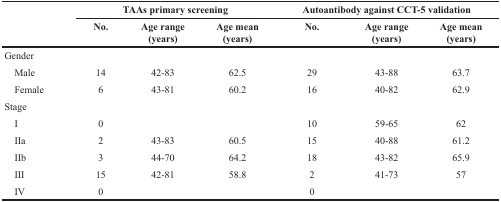
|  | <COLSPAN=3> TAAs primary screening | <COLSPAN=3> Autoantibody against CCT-5 validation |
 |  | No. | Age range (years) | Age mean (years) | No. | Age range (years) | Age mean (years) |
 | --- | --- | --- | --- | --- | --- | --- |
 | <COLSPAN=7> Gender |
 | Male | 14 | 42-83 | 62.5 | 29 | 43-88 | 63.7 |
 | Female | 6 | 43-81 | 60.2 | 16 | 40-82 | 62.9 |
 | <COLSPAN=7> Stage |
 | I | 0 |  |  | 10 | 59-65 | 62 |
 | IIa | 2 | 43-83 | 60.5 | 15 | 40-88 | 61.2 |
 | IIb | 3 | 44-70 | 64.2 | 18 | 43-82 | 65.9 |
 | III | 15 | 42-81 | 58.8 | 2 | 41-73 | 57 |
 | IV | 0 |  |  | 0 |  |  |